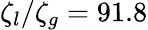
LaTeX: \zeta_{l}/\zeta_{g}=91.8